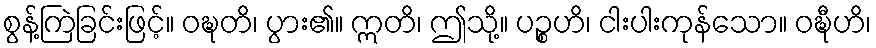
စွန့်ကြဲခြင်းဖြင့်။ ဝဍ္ဎတိ၊ ပွား၏။ ဣတိ၊ ဤသို့။ ပဉ္စဟိ၊ ငါးပါးကုန်သော။ ဝဍ္ဎီဟိ၊